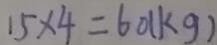
1 5 \times 4 = 6 0 ( k g )